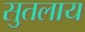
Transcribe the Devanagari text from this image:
सुतलाय